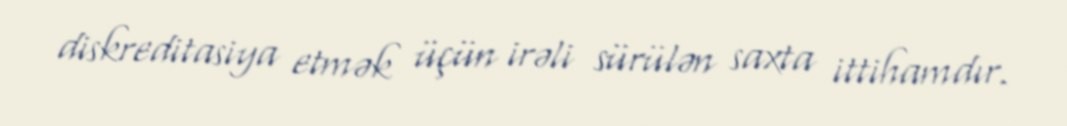
diskreditasiya etmək üçün irəli sürülən saxta ittihamdır.